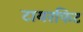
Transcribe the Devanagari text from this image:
टायरफिट